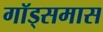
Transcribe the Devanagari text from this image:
गॉड्समास